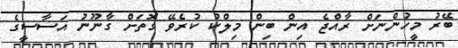
ބޭރު މީހުންނަށް ރާއްޖެ އިން ބިން މިލްކު ކުރެވޭ ގޮތަށް ގާނޫނު އަސާސީގެ